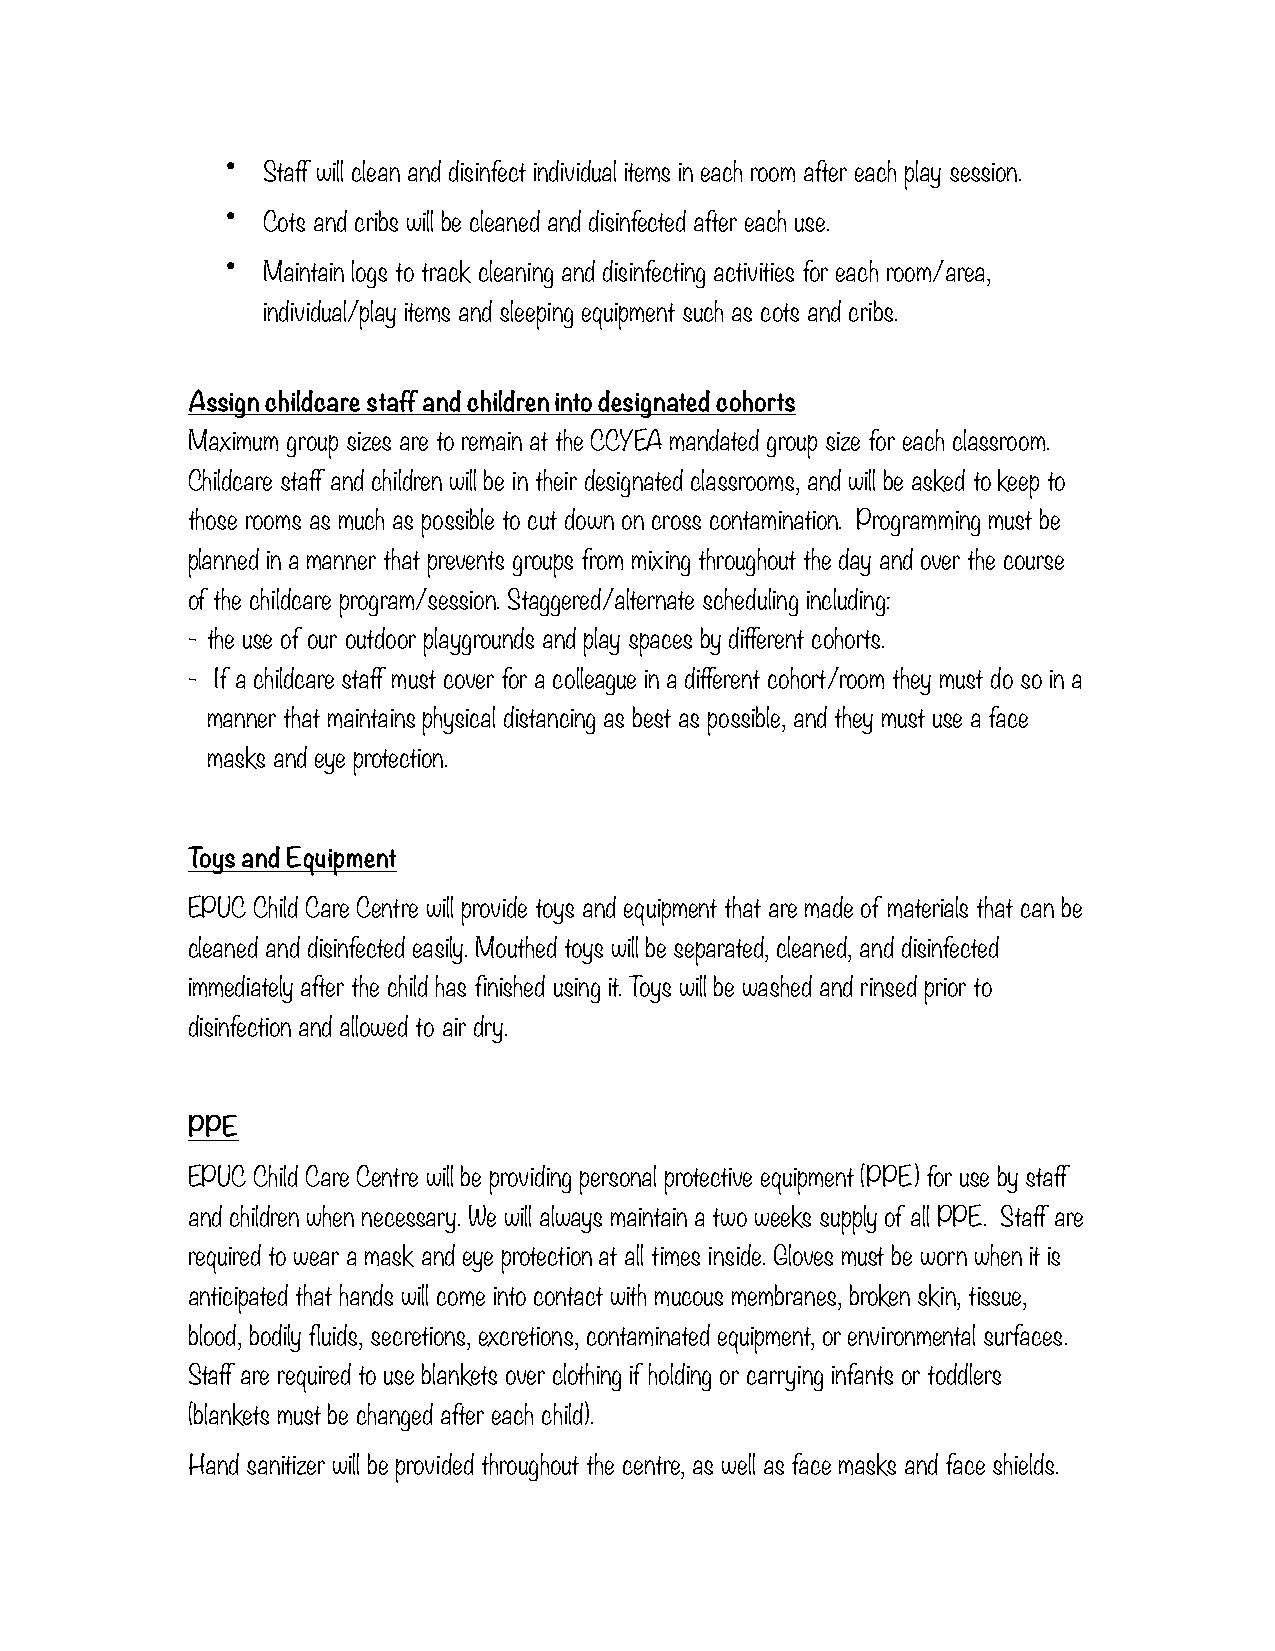
•
 Staff will clean and disinfect individual items in each room after each play session.
 •
 Cots and cribs will be cleaned and disinfected after each use.
 •
 Maintain logs to track cleaning and disinfecting activities for each room/area,
 individual/play items and sleeping equipment such as cots and cribs.
 Assign childcare staff and children into designated cohorts
 Maximum group sizes are to remain at the CCYEA mandated group size for each classroom.
 Childcare staff and children will be in their designated classrooms, and will be asked to keep to
 those rooms as much as possible to cut down on cross contamination. Programming must be
 planned in a manner that prevents groups from mixing throughout the day and over the course
 of the childcare program/session. Staggered/alternate scheduling including:
 - the use of our outdoor playgrounds and play spaces by different cohorts.
 - If a childcare staff must cover for a colleague in a different cohort/room they must do so in a
 manner that maintains physical distancing as best as possible, and they must use a face
 masks and eye protection.
 Toys and Equipment
 EPUC Child Care Centre will provide toys and equipment that are made of materials that can be
 cleaned and disinfected easily. Mouthed toys will be separated, cleaned, and disinfected
 immediately after the child has finished using it. Toys will be washed and rinsed prior to
 disinfection and allowed to air dry.
 PPE
 EPUC Child Care Centre will be providing personal protective equipment (PPE) for use by staff
 and children when necessary. We will always maintain a two weeks supply of all PPE. Staff are
 required to wear a mask and eye protection at all times inside. Gloves must be worn when it is
 anticipated that hands will come into contact with mucous membranes, broken skin, tissue,
 blood, bodily fluids, secretions, excretions, contaminated equipment, or environmental surfaces.
 Staff are required to use blankets over clothing if holding or carrying infants or toddlers
 (blankets must be changed after each child).
 Hand sanitizer will be provided throughout the centre, as well as face masks and face shields.